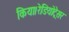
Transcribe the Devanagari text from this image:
किया।रेडियोट्रेसर